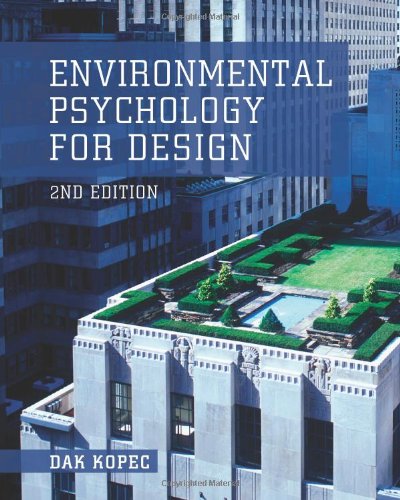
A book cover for Environmental Psychology for Design; Dak Kopec; Arts & Photography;